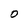
Character: O